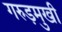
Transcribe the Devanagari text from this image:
गरुड़मुखी